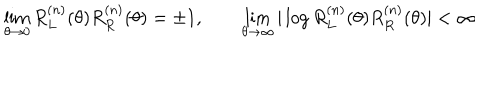
\lim _ { \theta \to 0 } R _ { L } ^ { ( n ) } ( \theta ) R _ { R } ^ { ( n ) } ( \theta ) = \pm 1 , \qquad \lim _ { \theta \to \infty } \vert \log R _ { L } ^ { ( n ) } ( \theta ) R _ { R } ^ { ( n ) } ( \theta ) \vert < \infty